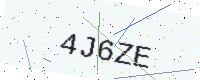
Text: 4J6ZE